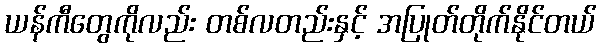
ယန်ကီတွေကိုလည်း တစ်လတည်းနှင့် အပြုတ်တိုက်နိုင်တယ်